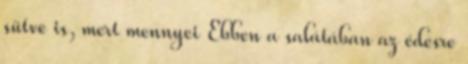
sütve is, mert mennyei Ebben a salátában az édesre